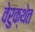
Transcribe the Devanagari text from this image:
वेरुक्थेत